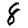
Digit: 8